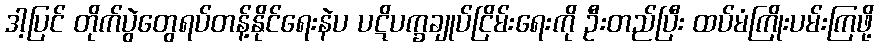
ဒါ့ပြင် တိုက်ပွဲတွေရပ်တန့်နိုင်ရေးနဲပ ပဋိပက္ခချုပ်ငြိမ်းရေးကို ဦးတည်ပြီး ထပ်မံကြိုးပမ်းကြဖို့